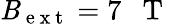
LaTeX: \mathit{B}_{\mathrm{{~e~x~t~}}}=7\mathrm{{~~~T~}}